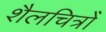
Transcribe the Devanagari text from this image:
शैलचित्रोँ